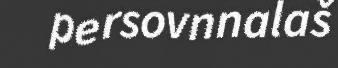
persovnnalaš